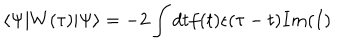
\left< \Psi | W ( \tau ) | \Psi \right> = - 2 \int d t f ( t ) \epsilon ( \tau - t ) I m ( I )